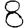
Digit: 8